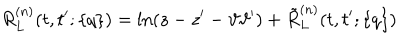
LaTeX: R _ { L } ^ { ( n ) } ( t , t ^ { \prime } ; \{ q \} ) = \ln ( z - z ^ { \prime } - \vartheta \vartheta ^ { \prime } ) + \tilde { R } _ { L } ^ { ( n ) } ( t , t ^ { \prime } ; \{ q \} )